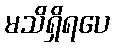
မသိရှိရပေ